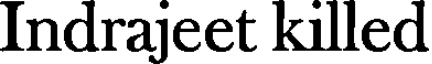
Indrajeet killed